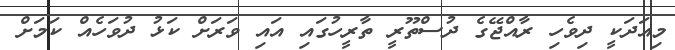
މިއަދަކީ ދިވެހި ރާއްޖޭގެ ދުސްތޫރީ ތާރީހުގައި އައި ވަރަށް ކަޅު ދުވަހެއް ކަމަށް